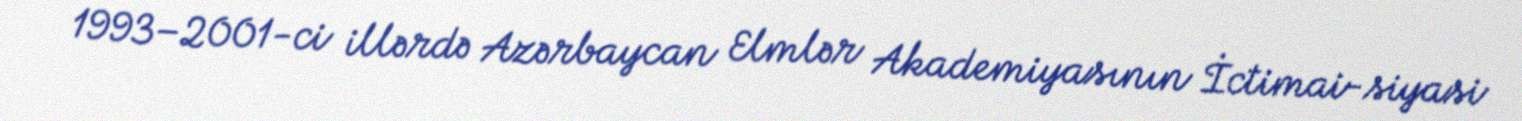
1993–2001-ci illərdə Azərbaycan Elmlər Akademiyasının İctimai-siyasi